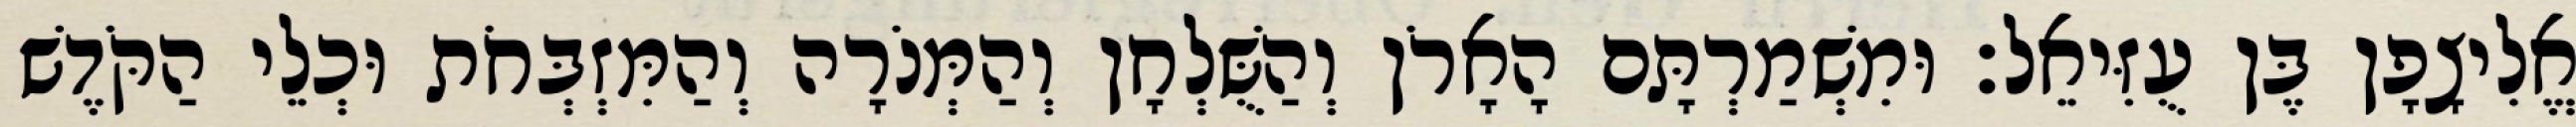
אֱלִיצָפָן בֶּן עֻזִּיאֵל׃ וּמִשְׁמַרְתָּם הָאָרֹן וְהַשֻּׁלְחָן וְהַמְּנֹרָה וְהַמִּזְבְּחֹת וּכְלֵי הַקֹּדֶשׁ